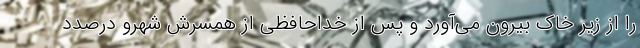
را از زیر خاک بیرون می‌آورد و پس از خداحافظی از همسرش شهرو درصدد